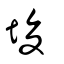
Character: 埈